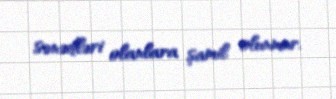
sənədləri olanlara şamil olunmur.